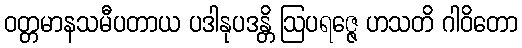
ဝတ္တမာနသမီပတာယ ပဒါနုပဒန္တိ ဩပရဇ္ဇေ ဟသတိ ဂါဝိတော